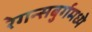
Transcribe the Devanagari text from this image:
रेगन्सबुर्गमध्ये